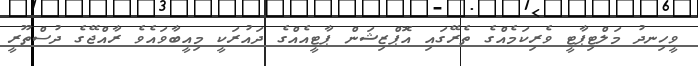
ވީހިނދު މަލްޓިޕާޓީ ވެރިކަމެއްގެ ތެރޭގައި އޮޕްޒިޝަން ޕާޓީއެއްގެ ދައުރަކީ މިއީބާވައެވެ ރާއްޖޭގެ ދުސްތޫރީ